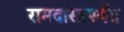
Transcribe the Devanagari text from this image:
रामदासापर्यंत